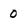
Character: 0